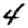
Digit: 4